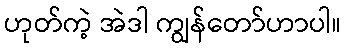
ဟုတ်ကဲ့ အဲဒါ ကျွန်တော်ဟာပါ။